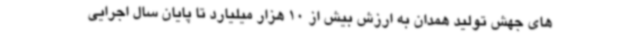
های جهش تولید همدان به ارزش بیش از 10 هزار میلیارد تا پایان سال اجرایی